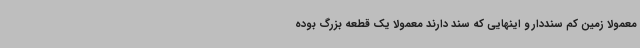
معمولا زمین کم سنددار و اینهایی که سند دارند معمولا یک قطعه بزرگ بوده